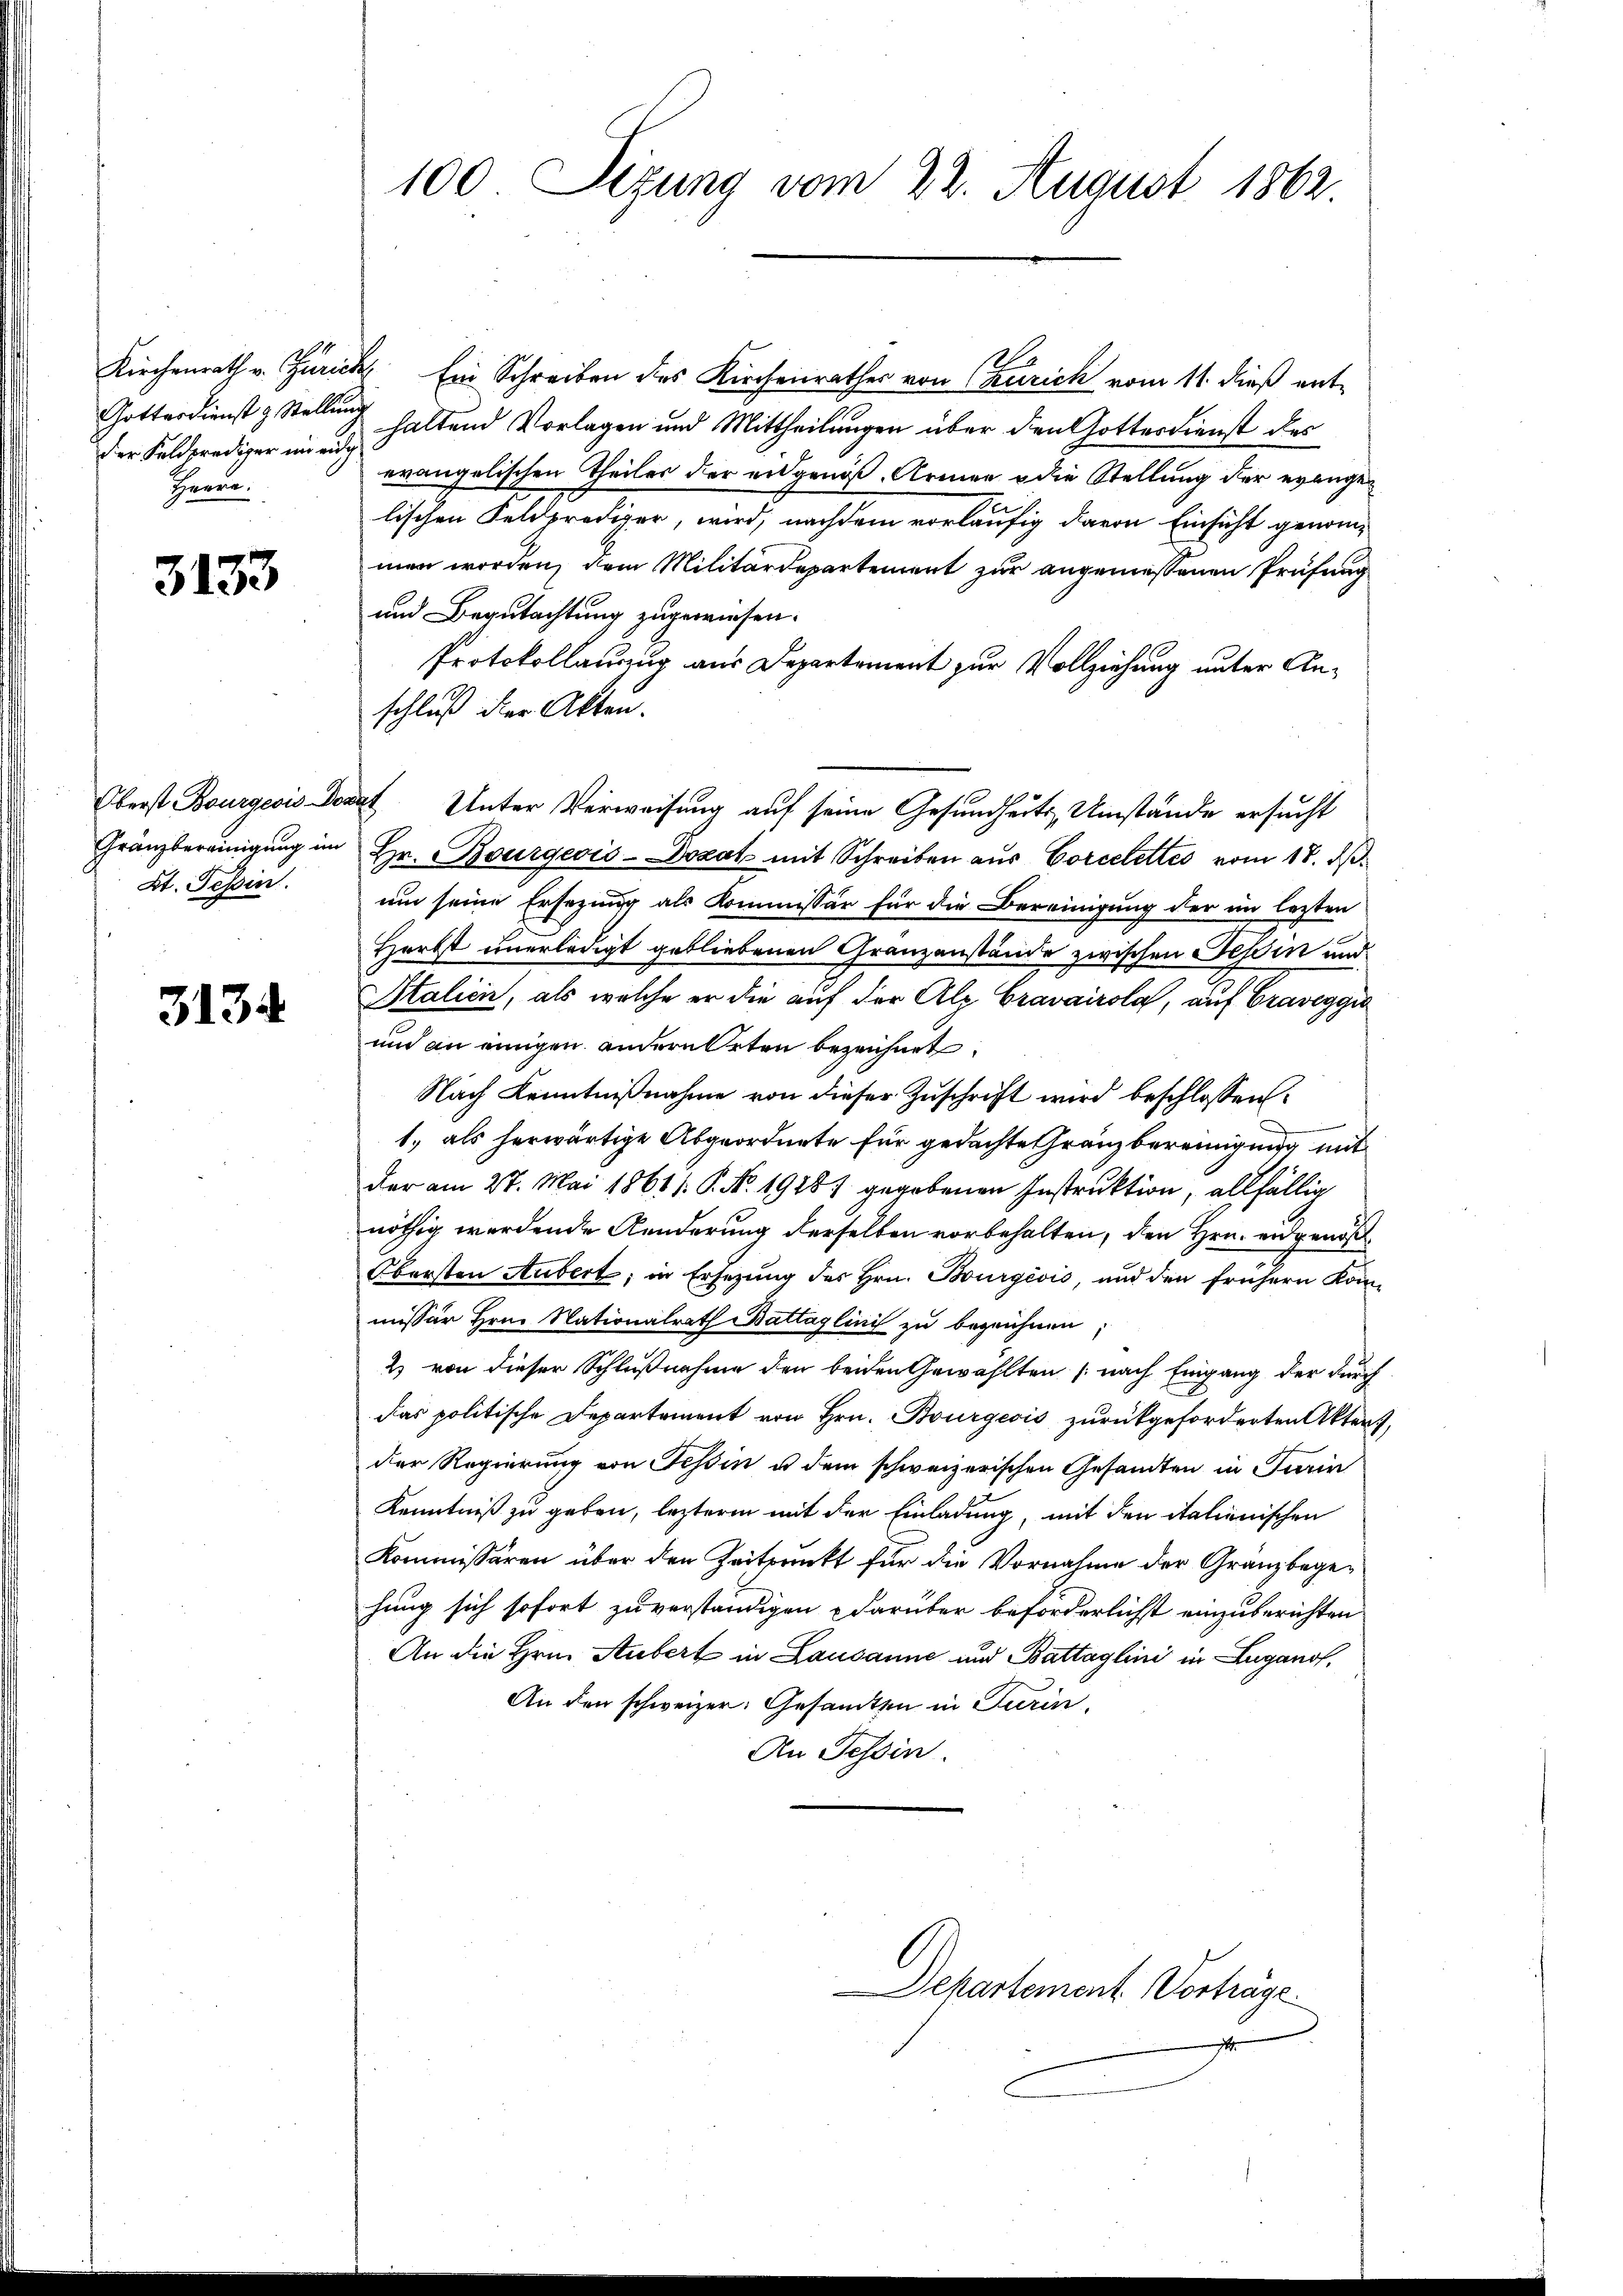
der Feldprediger in eidg
Herrn.

3133

Gränzbereinigung im
Kt. Tessin.

313

100. Sizung vom 22. August 1862.

Kirchenrath v. Zürich Ein Schreiben des Kirchenrathes von Churich vom 11. dieß ent¬
Gotterdienst & Stellung haltend Vorlagen und Mittheilungen über den Gottesdienst des
evangelischen Theiles der eidgenöß. Armen die Stellung der evangelischen Feldprediger, wird, nachdem vorläufig davon Einsicht genommen worden, dem Militärdepartement zur angemeßenen Prüfung
und Begutachtung zugewiesen.
Protokollauszug aus Departement zur Vollziehung unter Anschluß der Akten.
Oberst Bourgeois Donat Unter Verweisung auf seine Gesundheits Umstände ersucht
Hr. Bourgeois-Dozak mit Schreiben aus Corcelettes vom 18. ds.
um seine Ersezung als Kommissär für die Bereinigung der im letzten
Herbst unerledigt gebliebenen Granzanstände zwischen Tessin und
Italien, als welche er die auf der Alp Cravairola, auf Graveggia
und an einigen andere Orten bezeichnet.
Nach Kenntnißnahme von dieser Zuschrift wird beschlossen:
1., als herwärtige Abgeordnete für gedachte Gränzbereinigung mit
dar am 27. Mai 1861 /: P. Nr. 1948) gegebenen Instruktion, allfällig
nöthig werdende Aenderung derselben vorbehalten, den Hrn. eidgenoß¬
Obersten Aubert, in Ersezung des Hrn. Bourgévio, und den frühern Kommissär Hrn. Nationalrath Battaglinis zu begrühnen;
2) von dieser Schlußnahme den beiden Gewählten (nach Eingang der durch
das politische Departement von Hrn. Bourgeois zurückgeforderten Akten,
der Regierung von Tessin u dem schweizerischen Gesandten in Turin
Kenntniß zu geben, leztere mit der Einladung, mit den italienischen
Kommissären über den Zeitpunkt für die Vornahme der Granz begehung sich sofort zu verständigen darüber beforderlichst einzuberichten
An die Hrn. Aubert in Lausanne und Battaglini in Lugano,
An den schweizer: Gesandten in Turin,
An Tessin

Dekartement. Vorträge.